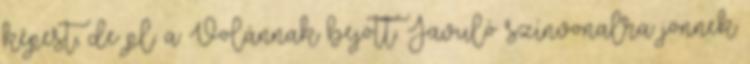
képest, de pl. a Volánnak bejött. Javuló színvonalra jönnek